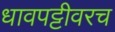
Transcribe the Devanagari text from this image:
धावपट्टीवरच